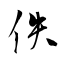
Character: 佚